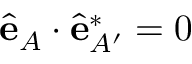
\hat { \mathbf { e } } _ { A } \cdot \hat { \mathbf { e } } _ { A ^ { \prime } } ^ { \ast } = 0